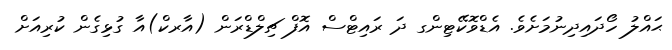
ޙައްލު ހޯދައިދިނުމަށެވެ. އެޑްވޮކޭޓިންގ ދަ ރައިޓްސް އޮފް ޗިލްޑްރަން (އާރކް)އާ ގުޅިގެން ކުރިއަށް